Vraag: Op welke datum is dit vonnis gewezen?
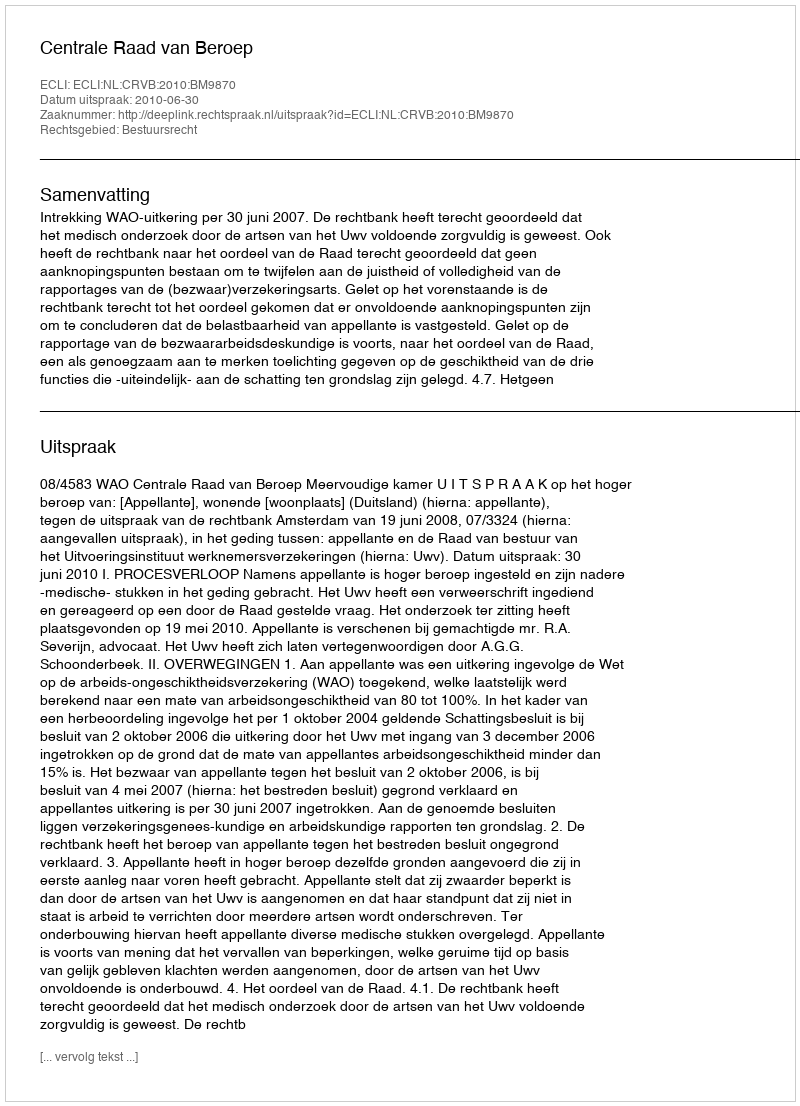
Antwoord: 2010-06-30